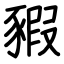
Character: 豭